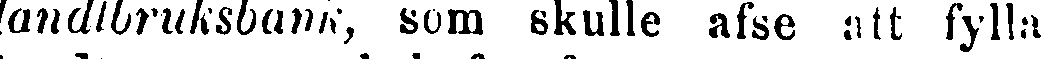
landtbruksbank, som skulle afse att fylla